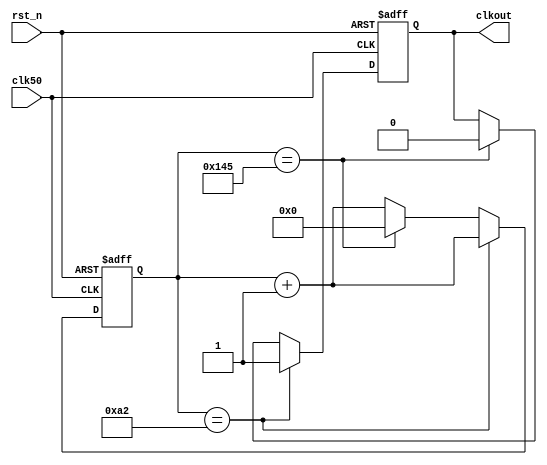
`timescale 1ns/1ps

/****************************************
326
clk 50MHz rst_n
clkout
16bit9600
****************************************/ 
module uart_clkdiv(clk50, rst_n, clkout);
input clk50;              //
input rst_n;              //
output clkout;            //
reg clkout;
reg [15:0] cnt;

/////, 50Mhz326/////////
always @(posedge clk50 or negedge rst_n)   
begin
  if (!rst_n) begin
     clkout <=1'b0;
	  cnt<=0;
  end	  
  else if(cnt == 16'd162) begin
    clkout <= 1'b1;
    cnt <= cnt + 16'd1;
  end
  else if(cnt == 16'd325) begin
    clkout <= 1'b0;
    cnt <= 16'd0;
  end
  else begin
    cnt <= cnt + 16'd1;
  end
end
endmodule

/****************************************

freq

100MHz
****************************************/ 
module da_clk_control(freq, freq_control_step);
//
input[15:0] freq;						//16bit
output[31:0] freq_control_step;	//

//
parameter clk_sys = 1000;			//100MHz,0.1

assign freq_control_step = 32'hffffffff / clk_sys / 4 * freq;//freq0.1KHz0.1MHz1000/2

endmodule

/****************************************

clk	step
clkdiv
=2^32	/
****************************************/           
module clk_div(clk,step,clkdiv);
//
input clk;				//100M
input[31:0] step;
output clkdiv;

//
//parameter STEP=32'h 49249249;//
reg[31:0] result;
wire clkdiv;

always @(posedge clk)
	result<=result+step;
	
assign clkdiv=result[31];

endmodule

/****************************************************************
*********************************************
****************************************************************/

/*        //
module clk_div_2(clk, clk_n);
//
input clk;
output reg clk_n;

always @(posedge clk)
begin 
	clk_n = ~clk_n;
end

endmodule
*/



/*        //
module clk_div_10(clk, clk_n);
//
input clk;
output reg clk_n;

//
integer count = 0;

always @(posedge clk)
begin 
	count = count+1;
	if(count == 5)
	begin
		count = 0;
		clk_n = ~clk_n;
	end
end

endmodule
*/

/*        //_50%
module clk_div_3(clk, clk_n);
//
input clk;
output reg clk_n;

//
integer count = 0;

always @(posedge clk)
begin 
	count = count+1;
	if(count == 2)
	begin
		clk_n = ~clk_n;
	end
	if(count == 3)
	begin
*/

/*        //_50%
module clk_div_5(clk, clk_n);
//
input clk;
output reg clk_n;

//
integer count = 0;

always @(posedge clk)
begin 
	count = count+1;
	if(count == 3)
	begin
		clk_n = ~clk_n;
	end
	if(count == 5)
	begin
		clk_n = ~clk_n;
		count = 0;
	end
end

endmodule
*/

/*        //_50%
module clk_div_7(clk, clk_n);
//
input clk;
output reg clk_n;

//
integer count = 0;

always @(posedge clk)
begin 
	count = count+1;
	if(count == 4)
	begin
		clk_n = ~clk_n;
	end
	if(count == 7)
	begin
		clk_n = ~clk_n;
		count = 0;
	end
end

endmodule
*/
/****************************************************************
*********************************************
*****************************************************************/